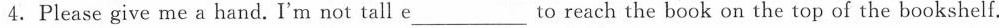
4. Please give me a hand. I'm not tall e ____ to reach the book on the top of the bookshelf.